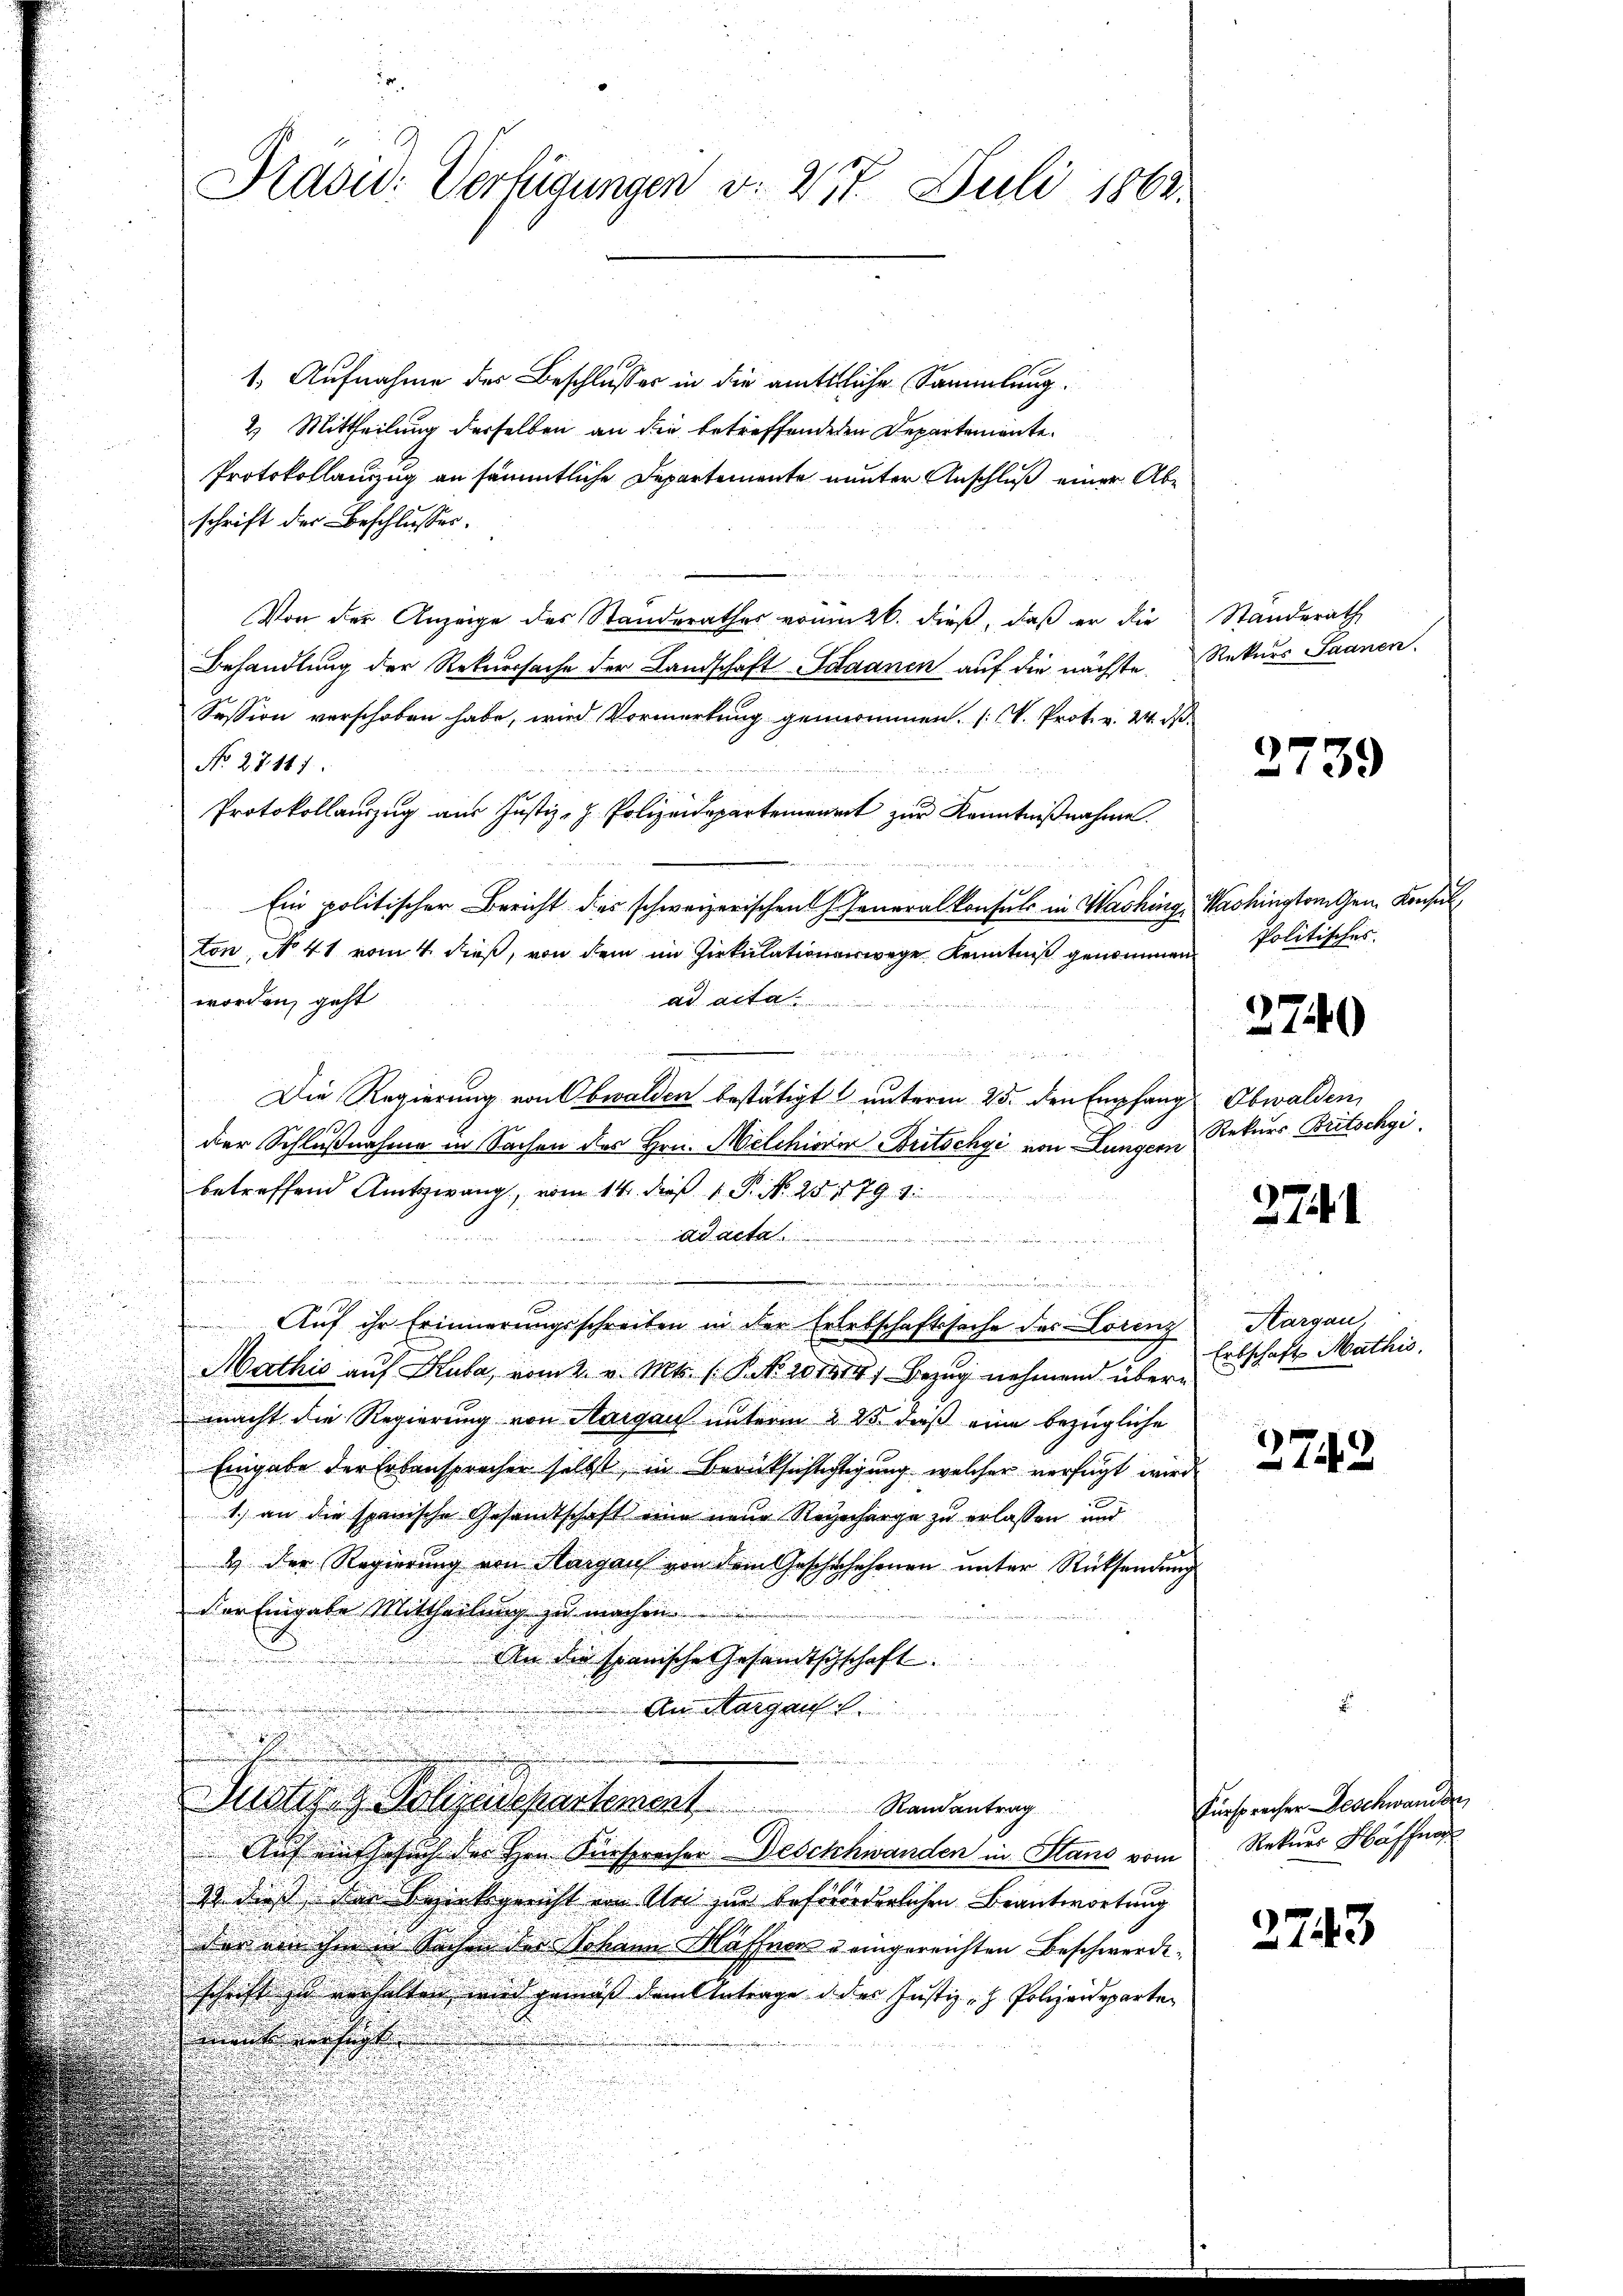
1. Aufnahme des Beschlusses in die amtliche Sammlung.
2 Mittheilung derselben an die betreffenderen Departemente
Protokollanzug an sämmtliche Departemente unter Anschluß einer Abschrift der Beschlusses.
Von der Anzeige des Standerathes vom 26. dieß, daß er die Standerath
Behandlung der Rekursache der Landschaft Saanen auf die nächste, Rekurs Saanen.
Session verschoben habe, wird Vormerkung genommen. (V. Prot. v. 24. d.
No. 27.111
Protokollauszug aus Justiz-H. Polizeidepartemenrat zur Kenntnißnahme.
Ein politischer Bericht des schweizerischen Generalkonsuls in Washing, Washington Gen. Konsul
ton, No 41 vom 4. dieß, von dem im Zirkulationenwege Kenntniß genommen
e
worden, geht
ad act

Die Regierung von Obwalden bestätigt unterm 25. den Empfang Obwalden,
der Schlußnahme in Sachen des Hrn. Melchiorin Britschgi von Lungern
betreffend Amtszwang, vom 14. dieß 1 P. N. 25. 1794.

d acta
.

.
Auf ihr Erinnerungsschreiben in der Erlebschaftssache des Lorenz
Mathis auf Kuba, vom 2. v. Mts. (T. No 201414) Bezug nehmend übermacht die Regierung von Aargau unterm 2 25. daß eine bezügliche
Eingabe der Erbansprachen selbst in Berücksichtichtigung, welcher verfügt wird
1.) an die spanische Gesandtschaft eine neue Regecharge zu erlassen und
4 der Regierung von Aargauf von dem Geschschehenen unter Rücksendung
Der Eingabe Mittheilung zu machen
An die spanische Gesandtschschaft.
An Margau
Justizag Polizadepartement                 Randentrag
Auf ein Gesuch der Hrn. Fürsprecher Beschwanden in Stans vom
2 dies der Bezirksgericht von Uri zur beförderlichen Beantwortung
der von ihm in Sachen der Johann-Häffnen & eingereichten Beschwerde.
schrift zu verhalten wird gemäß dem Antrage d. des Justiz- & Polizeideparten
mnt wichtigten

Prasid: Verfügungen v. 277. Juli 1863.

2739

Politisches.

Rekurs Britschgi.

2740

2744.

Aargau
Erbschaft Mathis

2742

Fürsprecher Deschwerden,
Rekurs Hoffn

2743